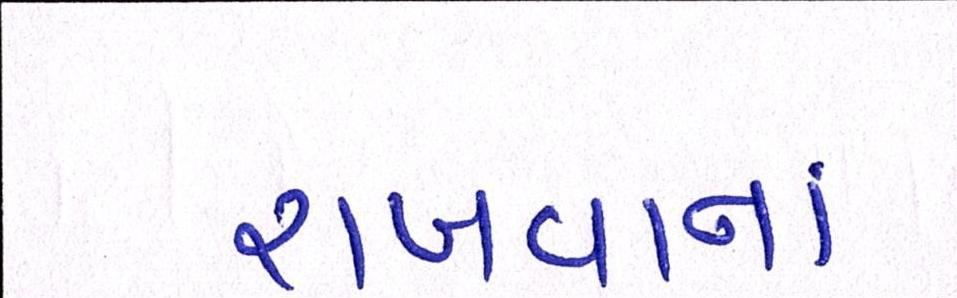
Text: રાખવાનાં